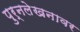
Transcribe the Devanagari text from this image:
पुर्नलेखनावर